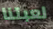
لعبتنا